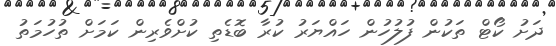
ދަށު ކޯޓް ތަކުން ފުލުހުން ހައްޔަރު ކުރާ ބޮޑެތި ކުށްވެރިން ކަމަށް ތުހުމަތު